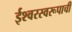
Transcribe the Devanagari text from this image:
ईश्वरस्वरूपाची